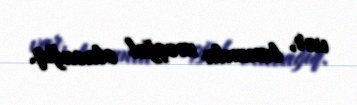
var, bununla məşğul olacağıq.